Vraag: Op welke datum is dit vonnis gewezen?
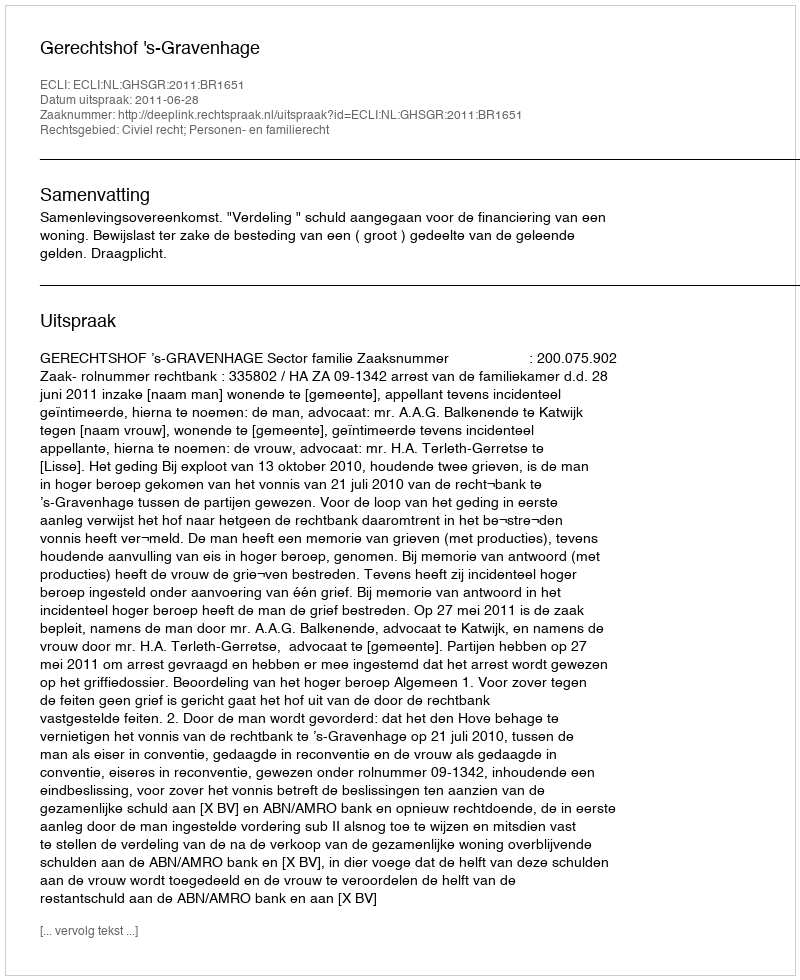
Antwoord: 2011-06-28